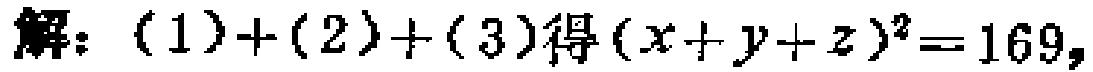
解：(1)+(2)+(3)得\((x + y + z)^2 = 169\)，